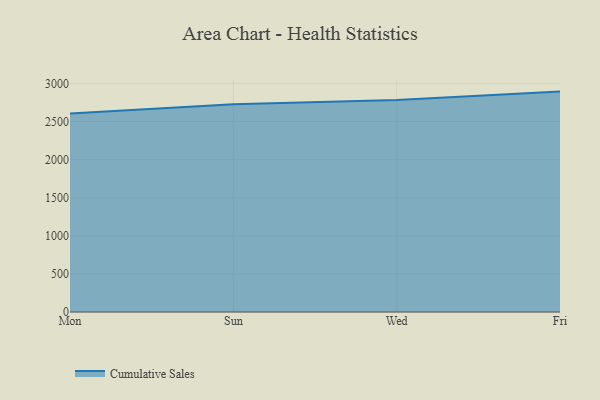
{"axis": {"x": "Day", "y": "Bounce Rate (%)"}, "legend": ["Cumulative Sales"], "data": [{"x": "Mon", "y": 2604.5, "type": "Cumulative Sales"}, {"x": "Sun", "y": 2726.0, "type": "Cumulative Sales"}, {"x": "Wed", "y": 2781.4, "type": "Cumulative Sales"}, {"x": "Fri", "y": 2892.5, "type": "Cumulative Sales"}]}